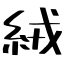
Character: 絨